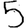
Digit: 5